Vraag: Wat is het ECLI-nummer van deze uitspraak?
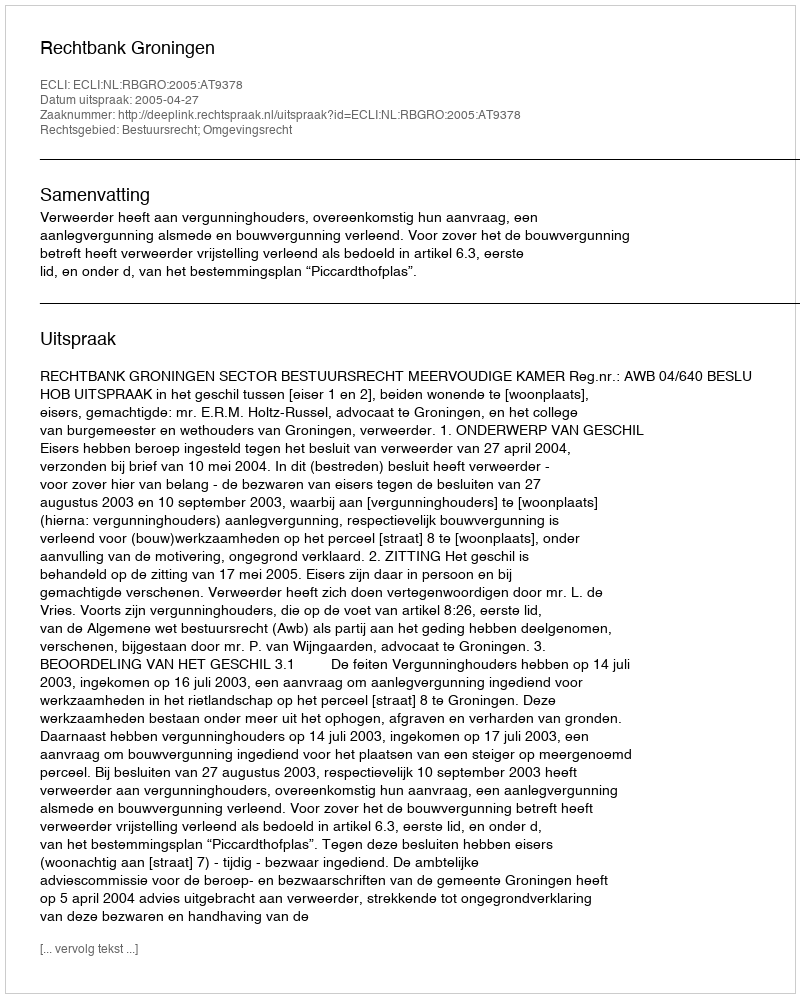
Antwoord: ECLI:NL:RBGRO:2005:AT9378